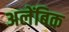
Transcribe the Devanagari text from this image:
अलेंबिक